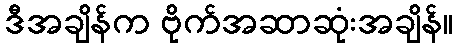
ဒီအချိန်က ဗိုက်အဆာဆုံးအချိန်။